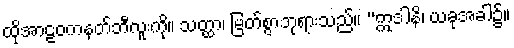
ထိုအာဠဝကနတ်ဘီလူးကို။ သတ္ထာ၊ မြတ်စွာဘုရားသည်။ “ဣဒါနိ၊ ယခုအခါ၌။